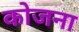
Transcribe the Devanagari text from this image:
कोजना